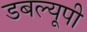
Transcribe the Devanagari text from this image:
डबल्यूपी